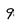
Character: 9